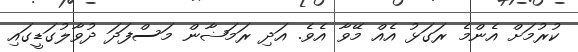
ކުރުމަށް އެންމެ ރަގަޅު އެއް މޭވާ އެވެ. އަދި ރަމަޟާން މަސްފަދަ ދުވާލުގަޑީގައި